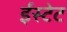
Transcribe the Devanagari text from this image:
ईस्टेट